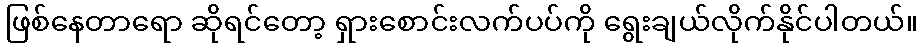
ဖြစ်နေတာရော ဆိုရင်တော့ ရှားစောင်းလက်ပပ်ကို ရွေးချယ်လိုက်နိုင်ပါတယ်။